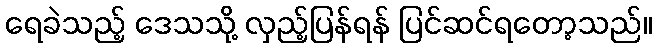
ရေခဲသည့် ဒေသသို့ လှည့်ပြန်ရန် ပြင်ဆင်ရတော့သည်။